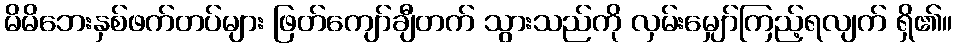
မိမိဘေးနှစ်ဖက်တပ်များ ဖြတ်ကျော်ချီတက် သွားသည်ကို လှမ်းမျှော်ကြည့်ရလျက် ရှိ၏။